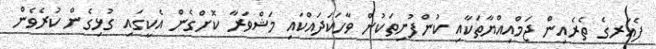
ފެއަރގެ ތެރެއިން ޖަމްއިއްޔާތަކާއި ކުންފުނިތަކުން ވާހަކަދައްކައި މަޝްވަރާ ކޮށްގެން އެކީގައި ގުޅިގެން ކުރެވެން